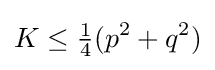
K\leq {\tfrac {1}{4}}(p^{2}+q^{2})